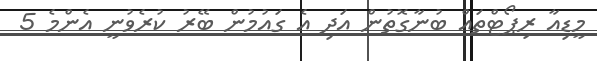
މީޑިއާ ރިޕޯޓްތައް ބުނާގޮތުން އަދި އެ ގައުމުން ބޭރު ކުރެވުނީ އެންމެ 5